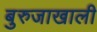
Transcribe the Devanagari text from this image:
बुरुजाखाली